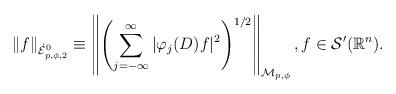
LaTeX: \begin{align*}\|f\|_{\dot{\cal E}^0_{p,\phi,2}}\equiv\left\|\left(\sum_{j=-\infty}^\infty |\varphi_j(D)f|^2\right)^{1/2}\right\|_{{\mathcal M}_{p,\phi}},f \in {\mathcal S}'({\mathbb R}^n).\end{align*}